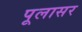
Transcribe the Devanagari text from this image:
पूलासर